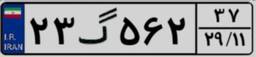
۲۳گ۵۶۲۳۷